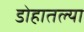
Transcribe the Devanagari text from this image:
डोहातल्या